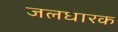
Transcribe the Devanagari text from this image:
जलधारक